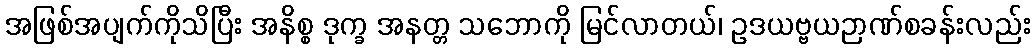
အဖြစ်အပျက်ကိုသိပြီး အနိစ္စ ဒုက္ခ အနတ္တ သဘောကို မြင်လာတယ်၊ ဥဒယဗ္ဗယဉာဏ်စခန်းလည်း